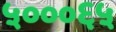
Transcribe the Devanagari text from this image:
५०००६५